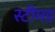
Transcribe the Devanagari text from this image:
स्टीमड